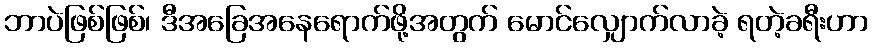
ဘာပဲဖြစ်ဖြစ်၊ ဒီအခြေအနေရောက်ဖို့အတွက် မောင်လျှောက်လာခဲ့ ရတဲ့ခရီးဟာ